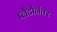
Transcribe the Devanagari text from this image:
प्लेटोनंतर